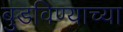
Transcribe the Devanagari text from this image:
बुडविण्याच्या